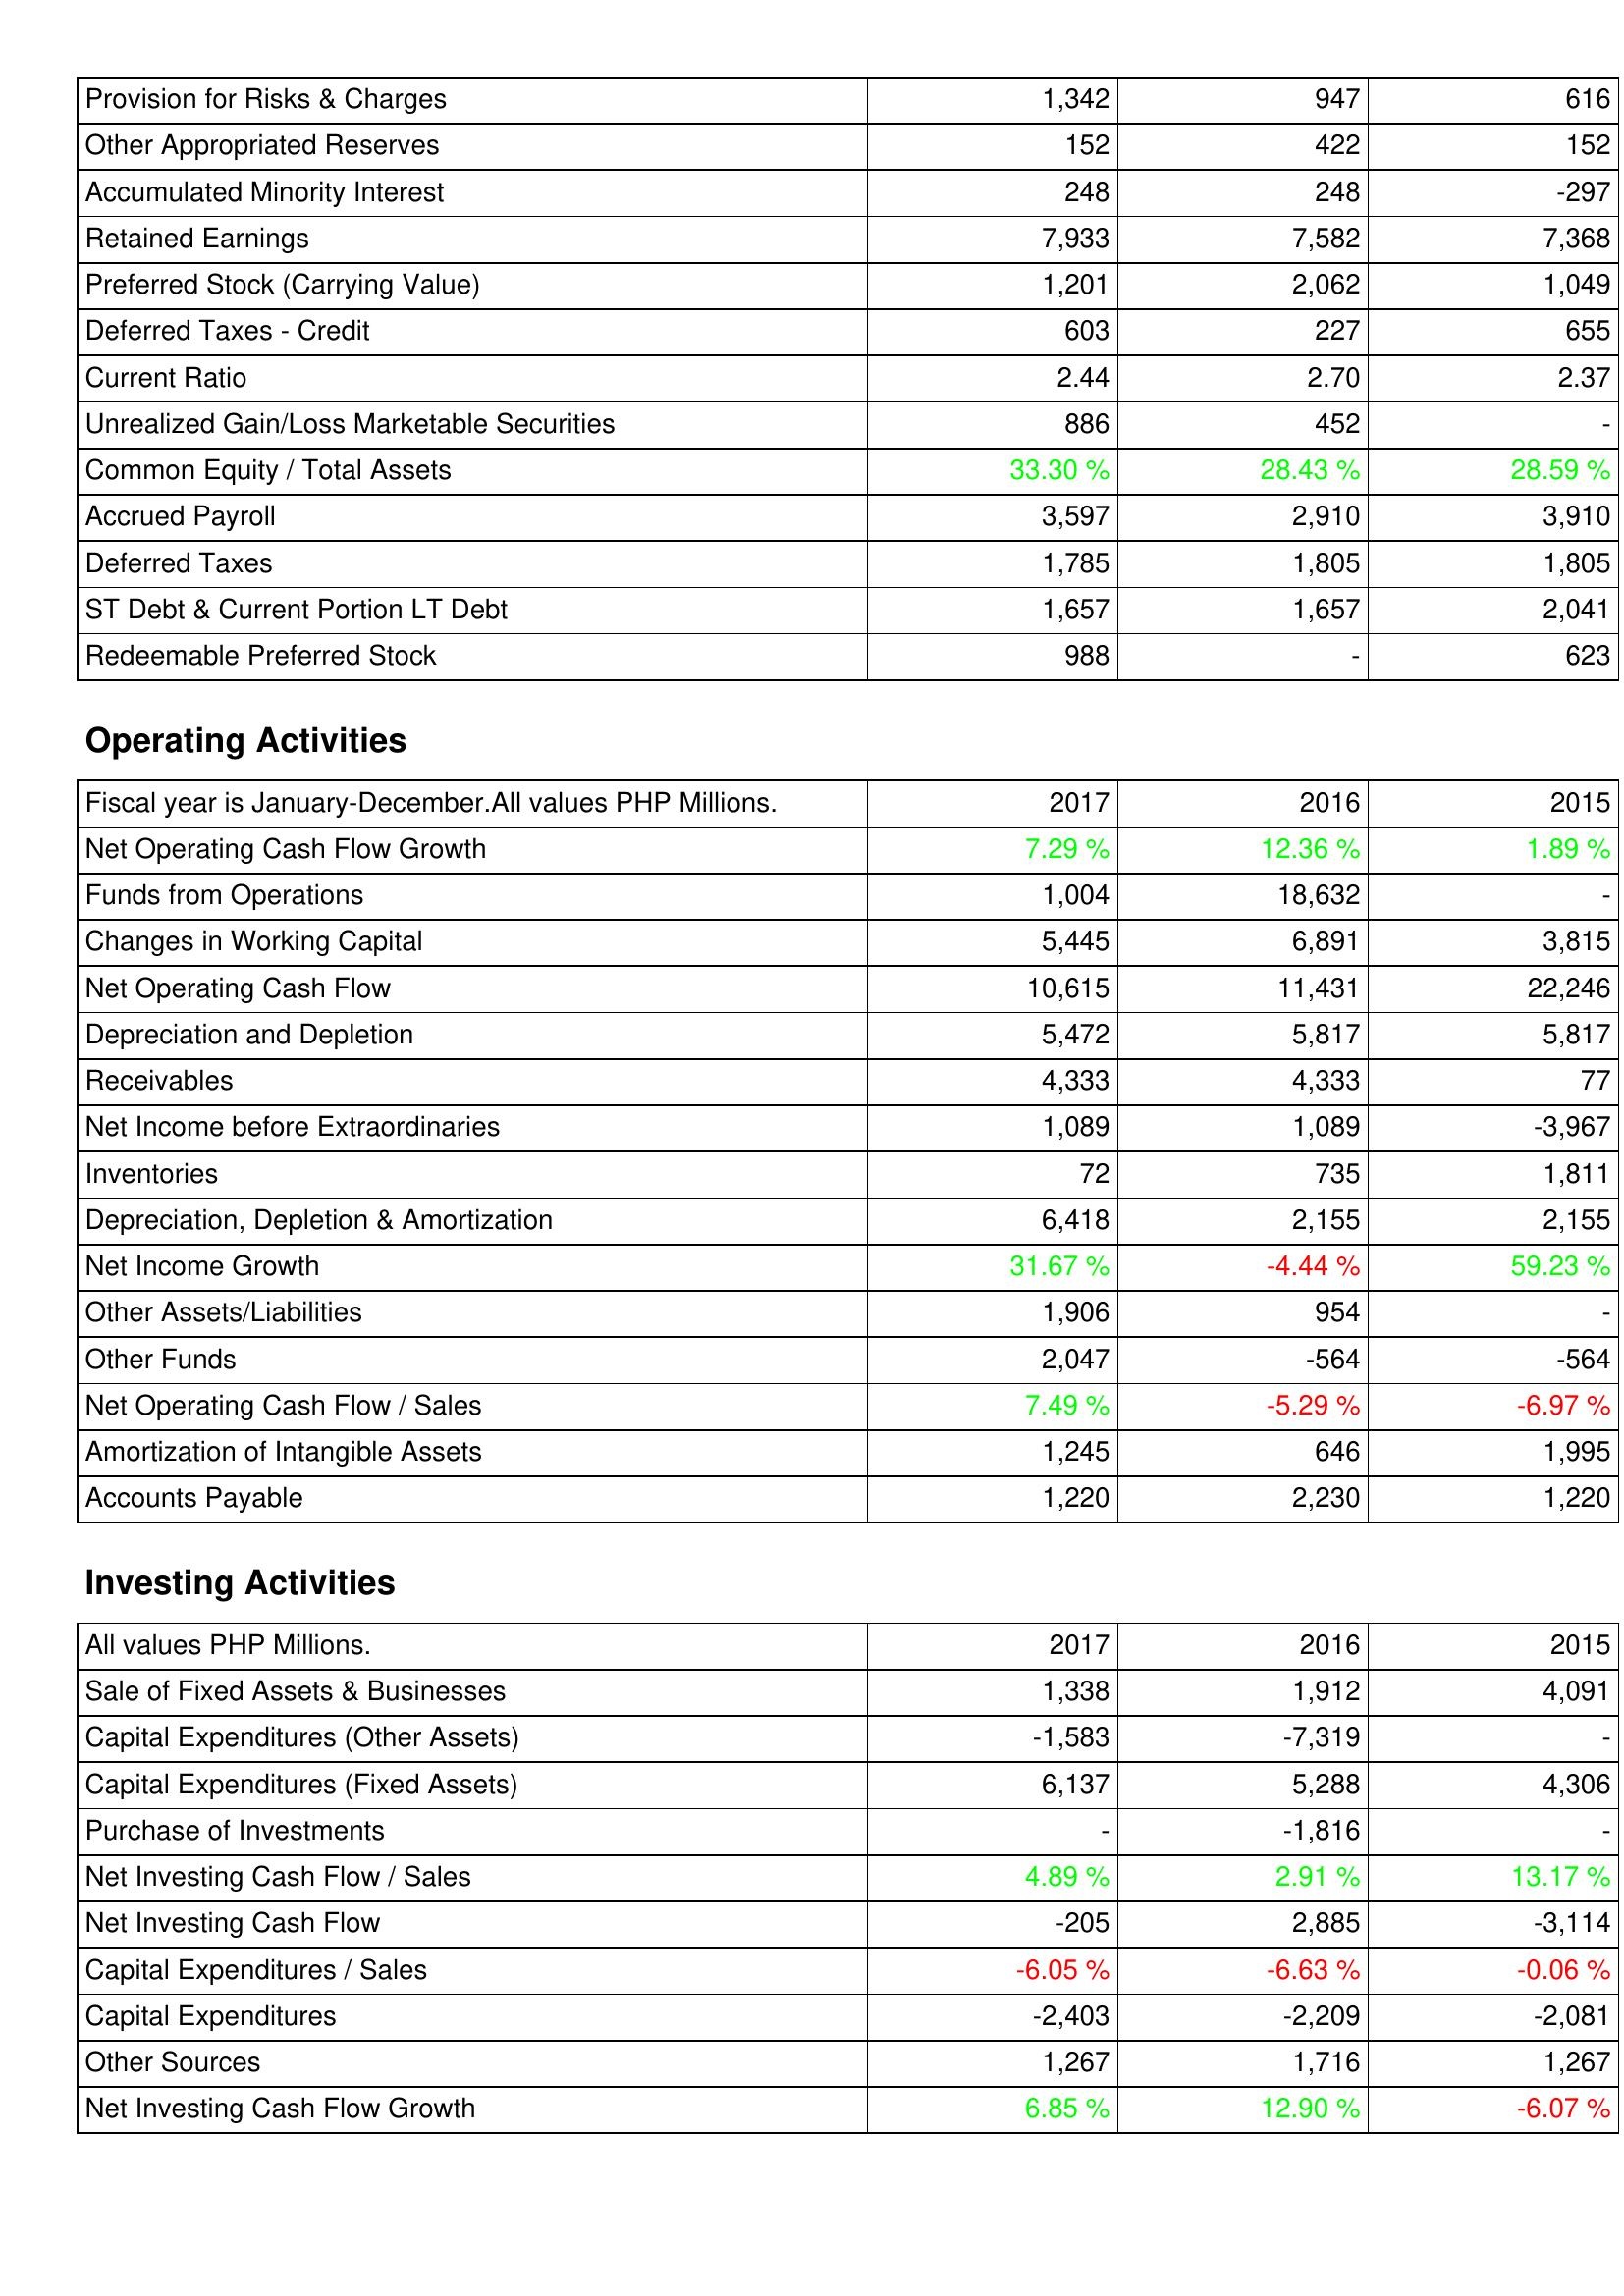
2017: Liabilities & Shareholders' Equity: Provision for Risks & Charges: 1,342
Other Appropriated Reserves: 152
Accumulated Minority Interest: 248
Retained Earnings: 7,933
Preferred Stock (Carrying Value): 1,201
Deferred Taxes - Credit: 603
Current Ratio: 2.44
Unrealized Gain/Loss Marketable Securities: 886
Common Equity / Total Assets: 33.30 %
Accrued Payroll: 3,597
Deferred Taxes: 1,785
ST Debt & Current Portion LT Debt: 1,657
Redeemable Preferred Stock: 988
Operating Activities: Net Operating Cash Flow Growth: 7.29 %
Funds from Operations: 1,004
Changes in Working Capital: 5,445
Net Operating Cash Flow: 10,615
Depreciation and Depletion: 5,472
Receivables: 4,333
Net Income before Extraordinaries: 1,089
Inventories: 72
Depreciation, Depletion & Amortization: 6,418
Net Income Growth: 31.67 %
Other Assets/Liabilities: 1,906
Other Funds: 2,047
Net Operating Cash Flow / Sales: 7.49 %
Amortization of Intangible Assets: 1,245
Accounts Payable: 1,220
Investing Activities: Sale of Fixed Assets & Businesses: 1,338
Capital Expenditures (Other Assets): -1,583
Capital Expenditures (Fixed Assets): 6,137
Purchase of Investments: -
Net Investing Cash Flow / Sales: 4.89 %
Net Investing Cash Flow: -205
Capital Expenditures / Sales: -6.05 %
Capital Expenditures: -2,403
Other Sources: 1,267
Net Investing Cash Flow Growth: 6.85 %
2016: Liabilities & Shareholders' Equity: Provision for Risks & Charges: 947
Other Appropriated Reserves: 422
Accumulated Minority Interest: 248
Retained Earnings: 7,582
Preferred Stock (Carrying Value): 2,062
Deferred Taxes - Credit: 227
Current Ratio: 2.70
Unrealized Gain/Loss Marketable Securities: 452
Common Equity / Total Assets: 28.43 %
Accrued Payroll: 2,910
Deferred Taxes: 1,805
ST Debt & Current Portion LT Debt: 1,657
Redeemable Preferred Stock: -
Operating Activities: Net Operating Cash Flow Growth: 12.36 %
Funds from Operations: 18,632
Changes in Working Capital: 6,891
Net Operating Cash Flow: 11,431
Depreciation and Depletion: 5,817
Receivables: 4,333
Net Income before Extraordinaries: 1,089
Inventories: 735
Depreciation, Depletion & Amortization: 2,155
Net Income Growth: -4.44 %
Other Assets/Liabilities: 954
Other Funds: -564
Net Operating Cash Flow / Sales: -5.29 %
Amortization of Intangible Assets: 646
Accounts Payable: 2,230
Investing Activities: Sale of Fixed Assets & Businesses: 1,912
Capital Expenditures (Other Assets): -7,319
Capital Expenditures (Fixed Assets): 5,288
Purchase of Investments: -1,816
Net Investing Cash Flow / Sales: 2.91 %
Net Investing Cash Flow: 2,885
Capital Expenditures / Sales: -6.63 %
Capital Expenditures: -2,209
Other Sources: 1,716
Net Investing Cash Flow Growth: 12.90 %
2015: Liabilities & Shareholders' Equity: Provision for Risks & Charges: 616
Other Appropriated Reserves: 152
Accumulated Minority Interest: -297
Retained Earnings: 7,368
Preferred Stock (Carrying Value): 1,049
Deferred Taxes - Credit: 655
Current Ratio: 2.37
Unrealized Gain/Loss Marketable Securities: -
Common Equity / Total Assets: 28.59 %
Accrued Payroll: 3,910
Deferred Taxes: 1,805
ST Debt & Current Portion LT Debt: 2,041
Redeemable Preferred Stock: 623
Operating Activities: Net Operating Cash Flow Growth: 1.89 %
Funds from Operations: -
Changes in Working Capital: 3,815
Net Operating Cash Flow: 22,246
Depreciation and Depletion: 5,817
Receivables: 77
Net Income before Extraordinaries: -3,967
Inventories: 1,811
Depreciation, Depletion & Amortization: 2,155
Net Income Growth: 59.23 %
Other Assets/Liabilities: -
Other Funds: -564
Net Operating Cash Flow / Sales: -6.97 %
Amortization of Intangible Assets: 1,995
Accounts Payable: 1,220
Investing Activities: Sale of Fixed Assets & Businesses: 4,091
Capital Expenditures (Other Assets): -
Capital Expenditures (Fixed Assets): 4,306
Purchase of Investments: -
Net Investing Cash Flow / Sales: 13.17 %
Net Investing Cash Flow: -3,114
Capital Expenditures / Sales: -0.06 %
Capital Expenditures: -2,081
Other Sources: 1,267
Net Investing Cash Flow Growth: -6.07 %